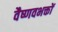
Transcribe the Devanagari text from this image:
वैष्णवभक्तों